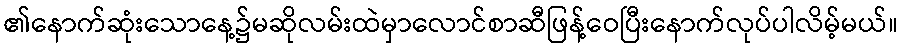
၏နောက်ဆုံးသောနေ့၌မဆိုလမ်းထဲမှာလောင်စာဆီဖြန့်ဝေပြီးနောက်လုပ်ပါလိမ့်မယ်။